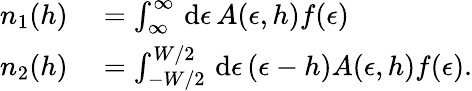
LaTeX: \begin{array}{rl}{n_{1}(h)}&{{}=\int_{\infty}^{\infty}\mathop{}\mathrm{d}\epsilon\, A(\epsilon,h)f(\epsilon)}\\ {n_{2}(h)}&{{}=\int_{-W/2}^{W/2}\mathop{}\mathrm{d}\epsilon\, (\epsilon-h)A(\epsilon,h)f(\epsilon).}\end{array}